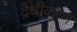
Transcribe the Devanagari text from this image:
द्वैधीकरण